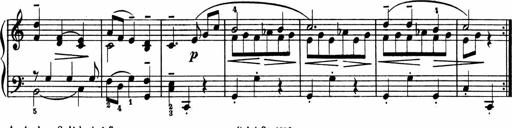
Title: 2 Sonatinen
Composer: Lambertus Adrianus van Tetterode